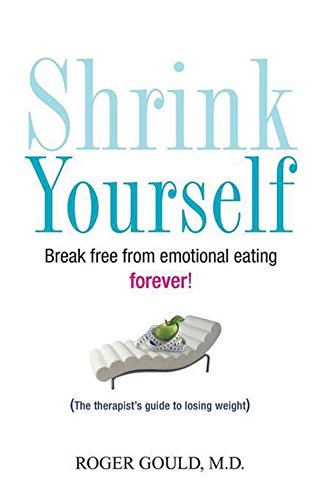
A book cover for Shrink Yourself: Break Free from Emotional Eating Forever; Roger Gould; Self-Help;